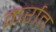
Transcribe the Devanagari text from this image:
कर्रात